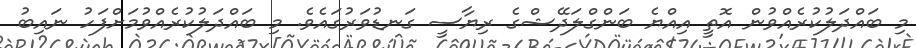
މި ބައްދަލުކުރެއްވުން އޮތީ އިއްޔެ ބަންގްލަދޭޝްގެ ރިޔާސީ ގަނޑުވަރުގައެވެ. މި ބައްދަލުކުރެއްވުމަށްފަހު ނައިބު